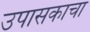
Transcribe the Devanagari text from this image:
उपासकाचा